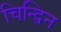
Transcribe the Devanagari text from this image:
चिन्द्विन